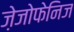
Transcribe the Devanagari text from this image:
ज़ेजोफेनिज